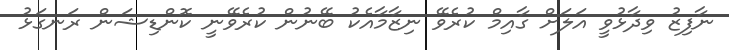
ނާފިޒު ވިދާޅުވީ އަލަށް ގާއިމް ކުރެވޭ ނިޒާމާއެކު ބޭނުން ކުރެވޭނީ ކޮންޑިޝަން ރަނގަޅު